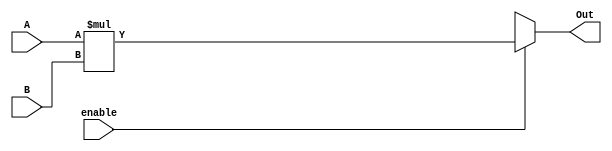
module small_mul(
 output reg [7:0] Out,
 input [3:0] A,B,
 input enable
    );
    always @(enable, A,B)
    begin
   
    Out = 8'bxxxxxxxx;
    if(enable)
    Out = A*B;
    end
endmodule